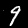
Digit: 9